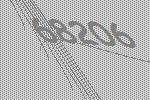
68206